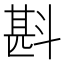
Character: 斟